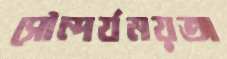
সৌন্দর্যময়তা